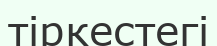
тіркестегі